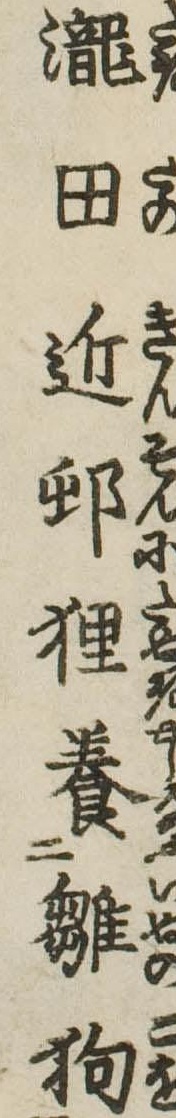
滝田近邨狸養雛狗